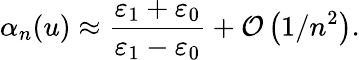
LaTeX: \alpha_{n}(u)\approx\frac{\varepsilon_{1}+\varepsilon_{0}}{\varepsilon_{1}-\varepsilon_{0}}+\mathcal{O}\left(1/n^{2}\right).